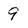
Character: 9